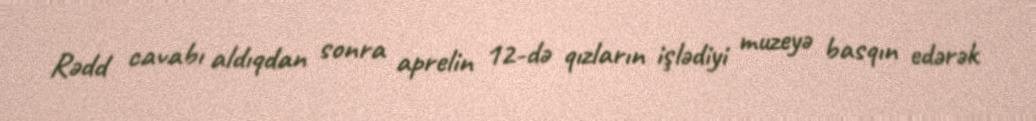
Rədd cavabı aldıqdan sonra aprelin 12-də qızların işlədiyi muzeyə basqın edərək